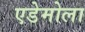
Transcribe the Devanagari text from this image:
एडेमोला